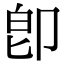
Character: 卽